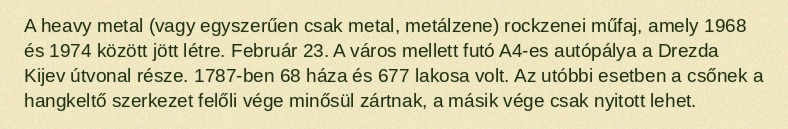
A heavy metal (vagy egyszerűen csak metal, metálzene) rockzenei műfaj, amely 1968 és 1974 között jött létre. Február 23. A város mellett futó A4-es autópálya a Drezda Kijev útvonal része. 1787-ben 68 háza és 677 lakosa volt. Az utóbbi esetben a csőnek a hangkeltő szerkezet felőli vége minősül zártnak, a másik vége csak nyitott lehet.